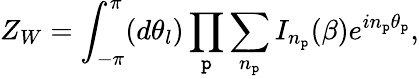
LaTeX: Z_{W}=\int_{-\pi}^{\pi}(d\theta_{l})\prod_{\mathtt{p}}\sum_{n_{\mathtt{p}}}I_{n_{\mathtt{p}}}(\beta)e^{in_{\mathtt{p}}{\theta}_{\mathtt{p}}},